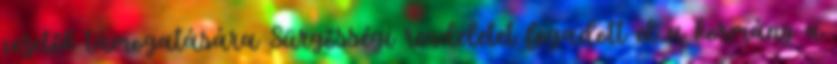
vezetők támogatására Sürgősségi rendeletet fogadott el a kormány a